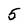
Character: 5